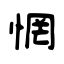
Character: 惘